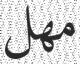
مھل